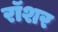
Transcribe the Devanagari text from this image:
रॉशर